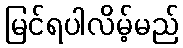
မြင်ရပါလိမ့်မည်